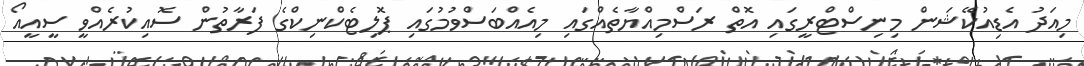
މިއަދު އެޑިއުކޭޝަން މިނިސްޓްރީގައި އޮތް ރަސްމިއްޔާތެއްގައި މިއެއްބަސްވުމުގައި ޕޮލިޓެކްނިކްގެ ފަރާތުން ސޮއިކުރެއްވީ ސީއީއޯ